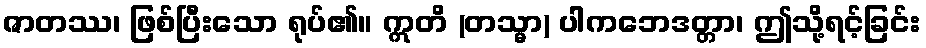
ဇာတဿ၊ ဖြစ်ပြီးသော ရုပ်၏။ ဣတိ (တသ္မာ) ပါကဘေဒတ္တာ၊ ဤသို့ရင့်ခြင်း